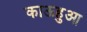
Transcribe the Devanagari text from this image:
काऊहुआ